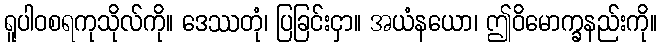
ရူပါဝစရကုသိုလ်ကို။ ဒေဿတုံ၊ ပြခြင်းငှာ။ အယံနယော၊ ဤဝိမောက္ခနည်းကို။